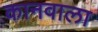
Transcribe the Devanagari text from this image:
कानवाला